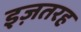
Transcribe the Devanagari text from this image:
इज़तरह